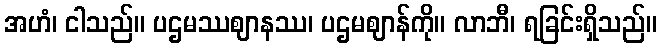
အဟံ၊ ငါသည်။ ပဌမဿဈာနဿ၊ ပဌမဈာန်ကို။ လာဘီ၊ ရခြင်းရှိသည်။